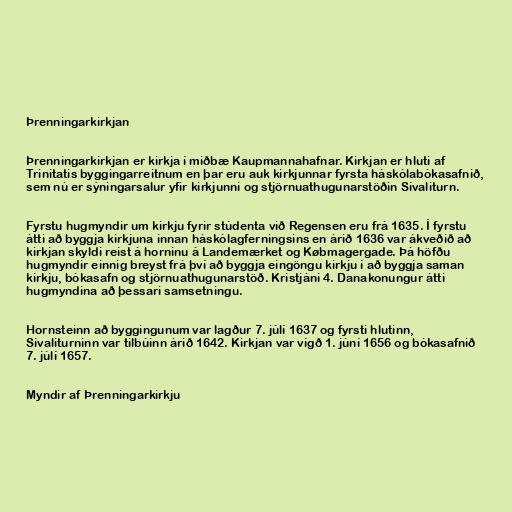
Þrenningarkirkjan

Þrenningarkirkjan er kirkja í miðbæ Kaupmannahafnar. Kirkjan er hluti af
Trinitatis byggingarreitnum en þar eru auk kirkjunnar fyrsta háskólabókasafnið,
sem nú er sýningarsalur yfir kirkjunni og stjörnuathugunarstöðin Sívaliturn.

Fyrstu hugmyndir um kirkju fyrir stúdenta við Regensen eru frá 1635. Í fyrstu
átti að byggja kirkjuna innan háskólagferningsins en árið 1636 var ákveðið að
kirkjan skyldi reist á horninu á Landemærket og Købmagergade. Þá höfðu
hugmyndir einnig breyst frá því að byggja eingöngu kirkju í að byggja saman
kirkju, bókasafn og stjörnuathugunarstöð. Kristjáni 4. Danakonungur átti
hugmyndina að þessari samsetningu.

Hornsteinn að byggingunum var lagður 7. júlí 1637 og fyrsti hlutinn,
Sívaliturninn var tilbúinn árið 1642. Kirkjan var vígð 1. júní 1656 og bókasafnið
7. júlí 1657.

Myndir af Þrenningarkirkju